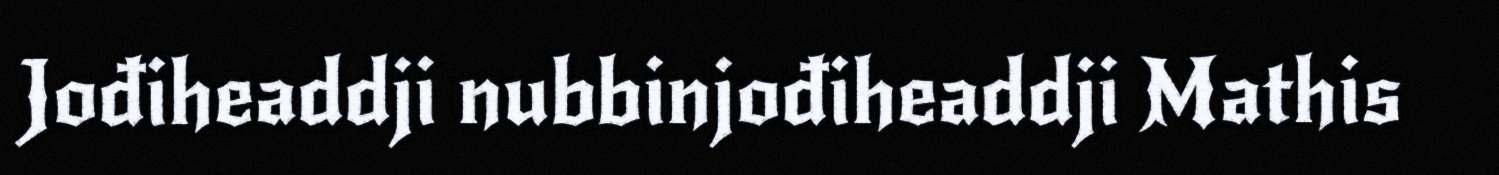
Jođiheaddji nubbinjođiheaddji Mathis